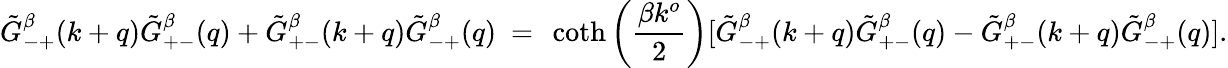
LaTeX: \tilde{G}_{-+}^{\beta}(k+q)\tilde{G}_{+-}^{\beta}(q)+\tilde{G}_{+-}^{\beta}(k+q)\tilde{G}_{-+}^{\beta}(q)\ =\ \coth\left({\frac{\beta k^{o}}{2}}\right)[\tilde{G}_{-+}^{\beta}(k+q)\tilde{G}_{+-}^{\beta}(q)-\tilde{G}_{+-}^{\beta}(k+q)\tilde{G}_{-+}^{\beta}(q)].